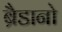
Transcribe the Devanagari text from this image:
ब्रैडानो